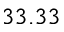
3 3 . 3 3